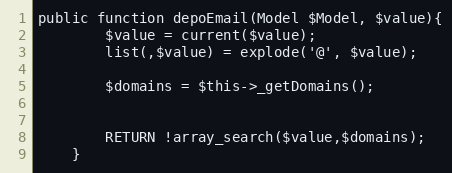
Language: PHP
public function depoEmail(Model $Model, $value){
		$value = current($value);
		list(,$value) = explode('@', $value);

		$domains = $this->_getDomains();

		RETURN !array_search($value,$domains);
	}